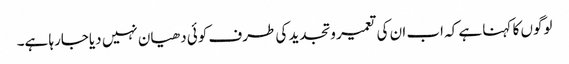
لوگوں کا کہنا ہے کہ اب ان کی تعمیر وتجدید کی طرف کوئی دھیان نہیں دیاجارہا ہے۔